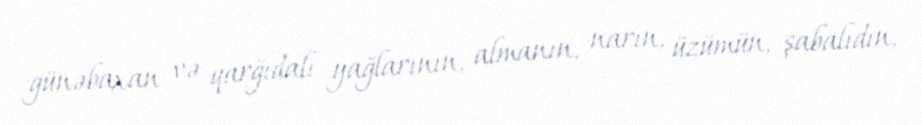
günəbaxan və qarğıdalı yağlarının, almanın, narın, üzümün, şabalıdın,